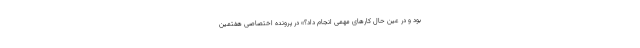
بود و در عین ‌حال کارهای مهمی انجام داد؟» در پروندهٔ اختصاصی هفتمین